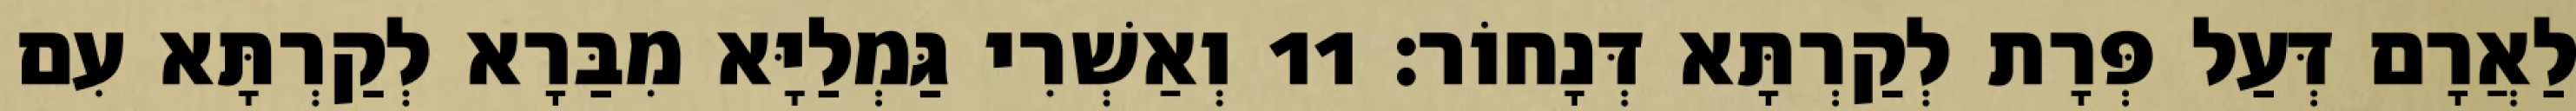
לַאֲרָם דְּעַל פְּרָת לְקַרְתָּא דְּנָחוֹר׃ 11 וְאַשְׁרִי גַּמְלַיָּא מִבַּרָא לְקַרְתָּא עִם